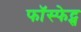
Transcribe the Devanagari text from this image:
फॉस्फेट्स